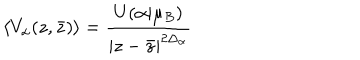
\left\langle V _ { \alpha } ( z , \bar { z } ) \right\rangle = \frac { U ( \alpha | \mu _ { B } ) } { \left| z - \bar { z } \right| ^ { 2 \Delta _ { \alpha } } } \nonumber